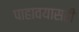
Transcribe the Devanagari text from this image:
पाहावयासही